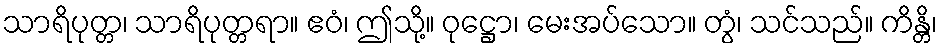
သာရိပုတ္တ၊ သာရိပုတ္တရာ။ ဧဝံ၊ ဤသို့။ ဝုဋ္ဌော၊ မေးအပ်သော။ တွံ၊ သင်သည်။ ကိန္တိ၊